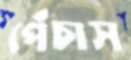
পেঁচাস